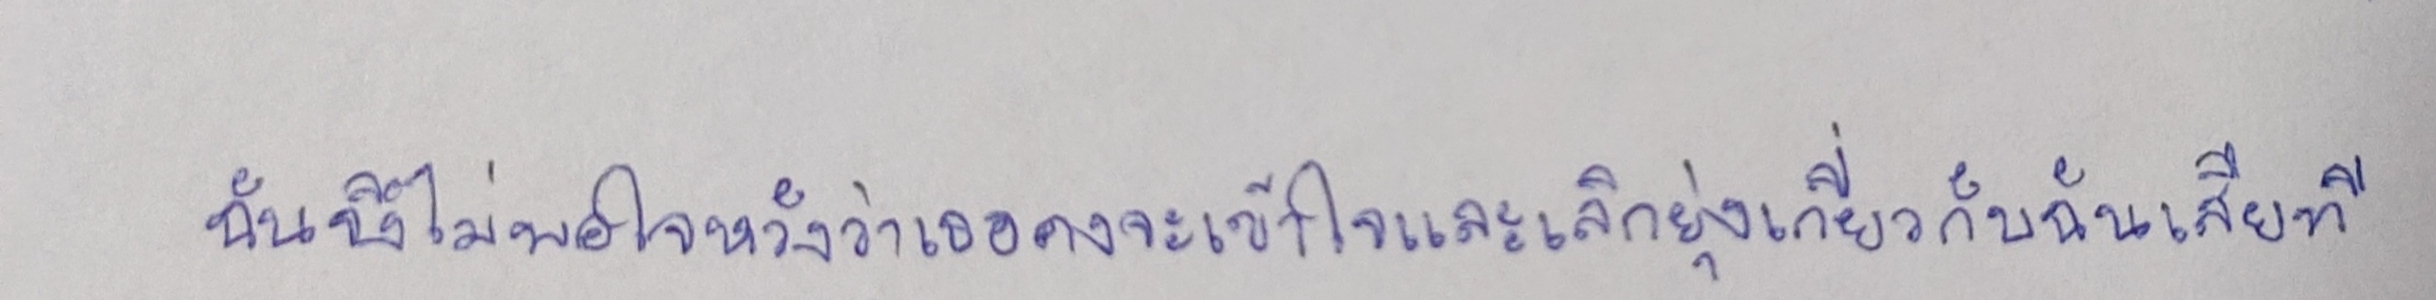
ฉันจึงไม่พอใจหวังว่าเธอคงจะเข้าใจและเลิกยุ่งเกี่ยวกับฉันเสียที